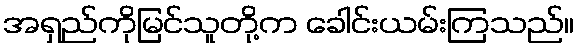
အရှည်ကိုမြင်သူတို့က ခေါင်းယမ်းကြသည်။